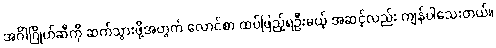
အင်္ဂါဂြိုဟ်ဆီကို ဆက်သွားဖို့အတွက် လောင်စာ ထပ်ဖြည့်ရဦးမယ့် အဆင့်လည်း ကျန်ပါသေးတယ်။